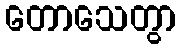
တောသေတွာ